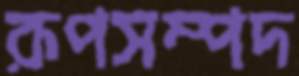
রূপসম্পদ